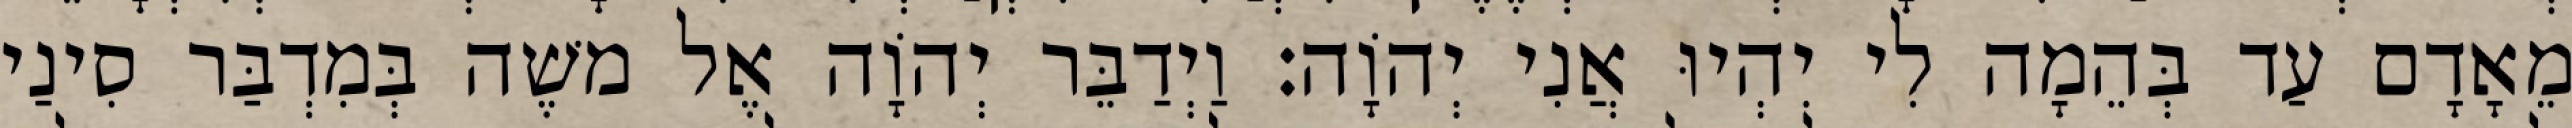
מֵאָדָם עַד בְּהֵמָה לִי יִהְיוּ אֲנִי יְהוָֹה׃ וַיְדַבֵּר יְהוָֹה אֶל משֶׁה בְּמִדְבַּר סִינַי